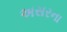
અસરના